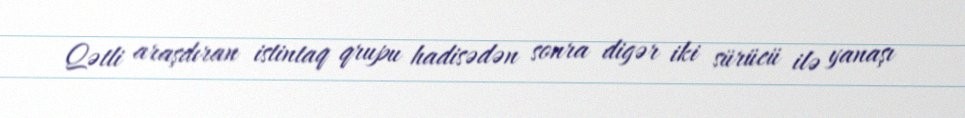
Qətli araşdıran istintaq qrupu hadisədən sonra digər iki sürücü ilə yanaşı